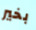
بخير